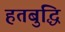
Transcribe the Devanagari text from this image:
हतबुद्धि